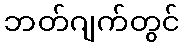
ဘတ်ဂျက်တွင်